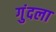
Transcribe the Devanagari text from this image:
गुंदला